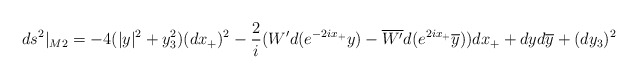
\begin{align*}ds^2|_{M2}=-4 (|y|^2+y_3^2)(dx_+)^2 -{2\over i}(W' d(e^{-2ix_+}y)-\overline{W'}d(e^{2ix_+}\overline{y})) dx_+ +dy d\overline{y} +(d y_3)^2\end{align*}